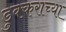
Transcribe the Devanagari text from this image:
डुक्कराच्या